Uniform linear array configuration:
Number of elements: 64
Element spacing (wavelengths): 0.5
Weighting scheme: binomial
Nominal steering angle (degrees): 0
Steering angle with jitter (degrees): -0.3564
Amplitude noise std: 0.05
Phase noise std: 0.05

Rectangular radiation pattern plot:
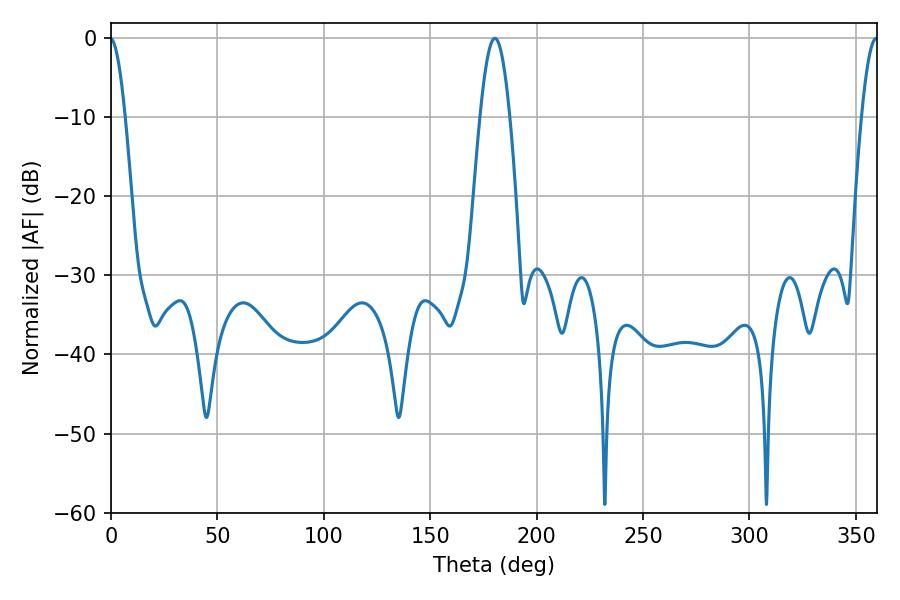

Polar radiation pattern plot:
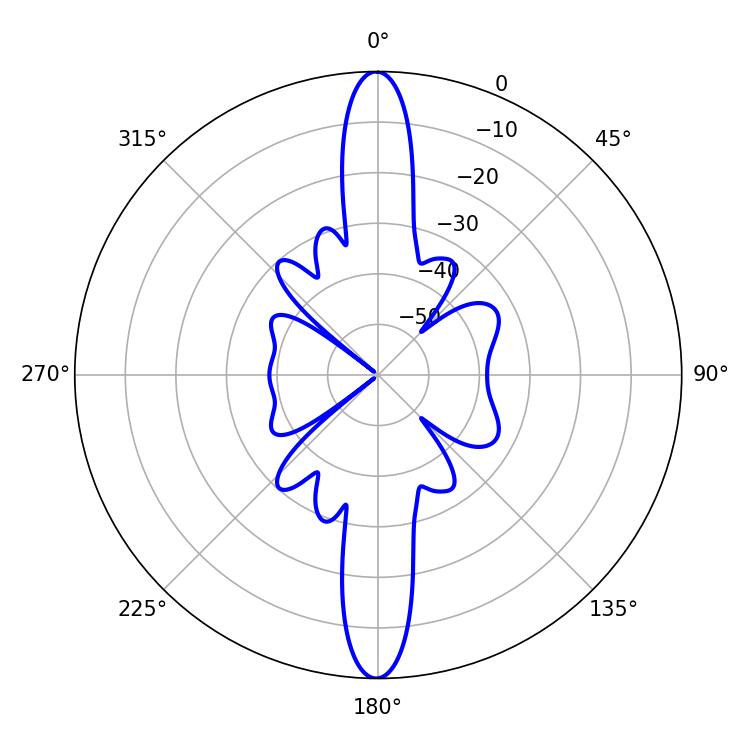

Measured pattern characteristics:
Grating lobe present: FALSE
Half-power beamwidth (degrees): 7.56
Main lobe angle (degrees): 180.36